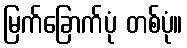
မြက်ခြောက်ပုံ တစ်ပုံ။